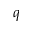
q